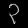
Digit: ၃